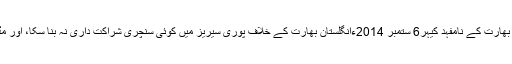
چیمپئنز لیگ ٹی ٹوئنٹی کے فائنل میں کہ انگلستان نے آخری ایک روزہ جیت لیا، سیریز 1-3 سے بھارت کے نامفہد کیہر6 ستمبر 2014ءانگلستان بھارت کے خلاف پوری سیریز میں کوئی سنچری شراکت داری نہ بنا سکا، اور مڈل آرڈر نے جیسے ہی اپنی اس خامی پر قابو پایا، ایک دل کو تسلی دینے والی جیت کا حقدار ٹھیرا۔